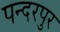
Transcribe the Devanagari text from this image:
पन्दरपुर